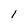
Character: 1